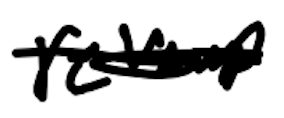
Text: revamp
Cross-out: mix
Writing tool: digital_black